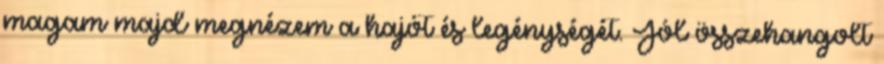
magam majd megnézem a hajót és legénységét. Jól összehangolt